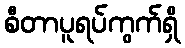
စီတာပူရပ်ကွက်ရှိ